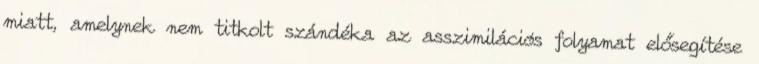
miatt, amelynek nem titkolt szándéka az asszimilációs folyamat elősegítése